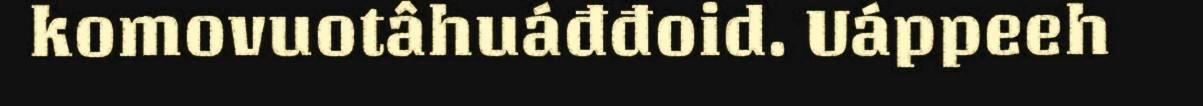
komovuotâhuáđđoid. Uáppeeh